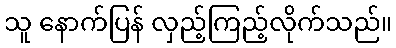
သူ နောက်ပြန် လှည့်ကြည့်လိုက်သည်။